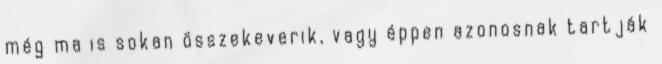
még ma is sokan összekeverik, vagy éppen azonosnak tartják